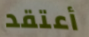
أعتقد